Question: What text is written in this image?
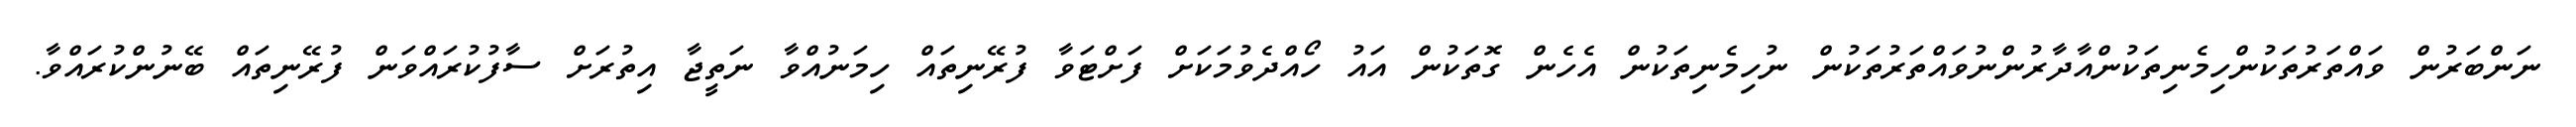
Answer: ނަންބަރުން ވައްތަރުތަކުންހިމެނިތަކުންއާދާރުންނުވައްތަރުތަކުން ނުހިމެނިތަކުން އެހެން ގޮތަކުން އައު ހޯއްދެވުމަކަށް ފަށްޓަވާ ފުރޭނިތައް ހިމަނުއްވާ ނަތީޖާ އިތުރަށް ސާފުކުރައްވަން ފުރޭނިތައް ބޭނުންކުރައްވާ.